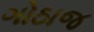
ગોઠાજ